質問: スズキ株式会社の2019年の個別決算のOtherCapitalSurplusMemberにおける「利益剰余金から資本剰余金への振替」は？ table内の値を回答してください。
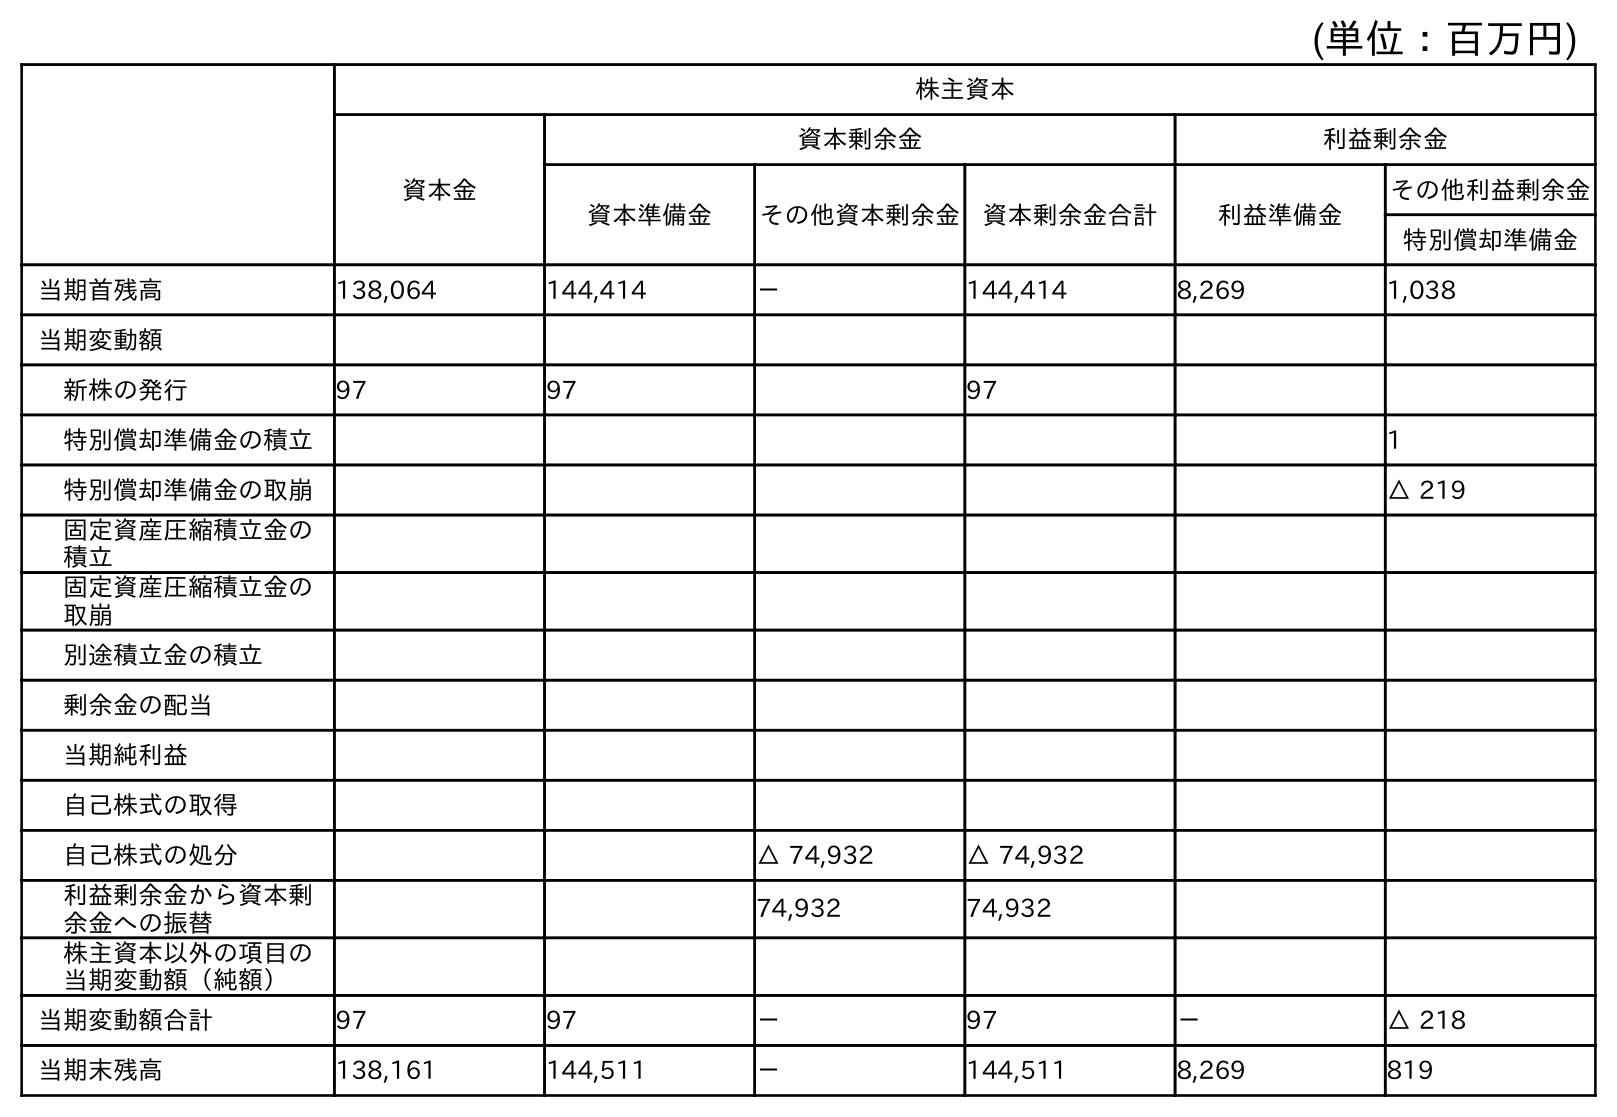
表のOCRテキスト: (単位：百万円) 株主資本 資本金 資本剰余金 利益剰余金 資本準備金 その他資本剰余金 資本剰余金合計 利益準備金 その他利益剰余金 特別償却準備金 当期首残高 138,064 144,414 － 144,414 8,269 1,038 当期変動額 新株の発行 97 97 97 特別償却準備金の積立 1 特別償却準備金の取崩 △ 219 固定資産圧縮積立金の 積立 固定資産圧縮積立金の 取崩 別途積立金の積立 剰余金の配当 当期純利益 自己株式の取得 自己株式の処分 △ 74,932 △ 74,932 利益剰余金から資本剰 余金への振替 74,932 74,932 株主資本以外の項目の 当期変動額（純額） 当期変動額合計 97 97 － 97 － △ 218 当期末残高 138,161 144,511 － 144,511 8,269 819
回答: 74,932